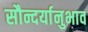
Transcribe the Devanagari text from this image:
सौन्दर्यानुभाव